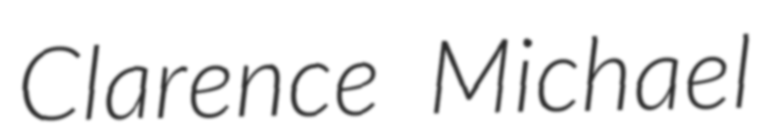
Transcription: Clarence Michael